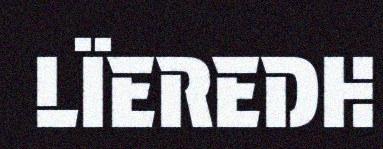
LÏEREDH